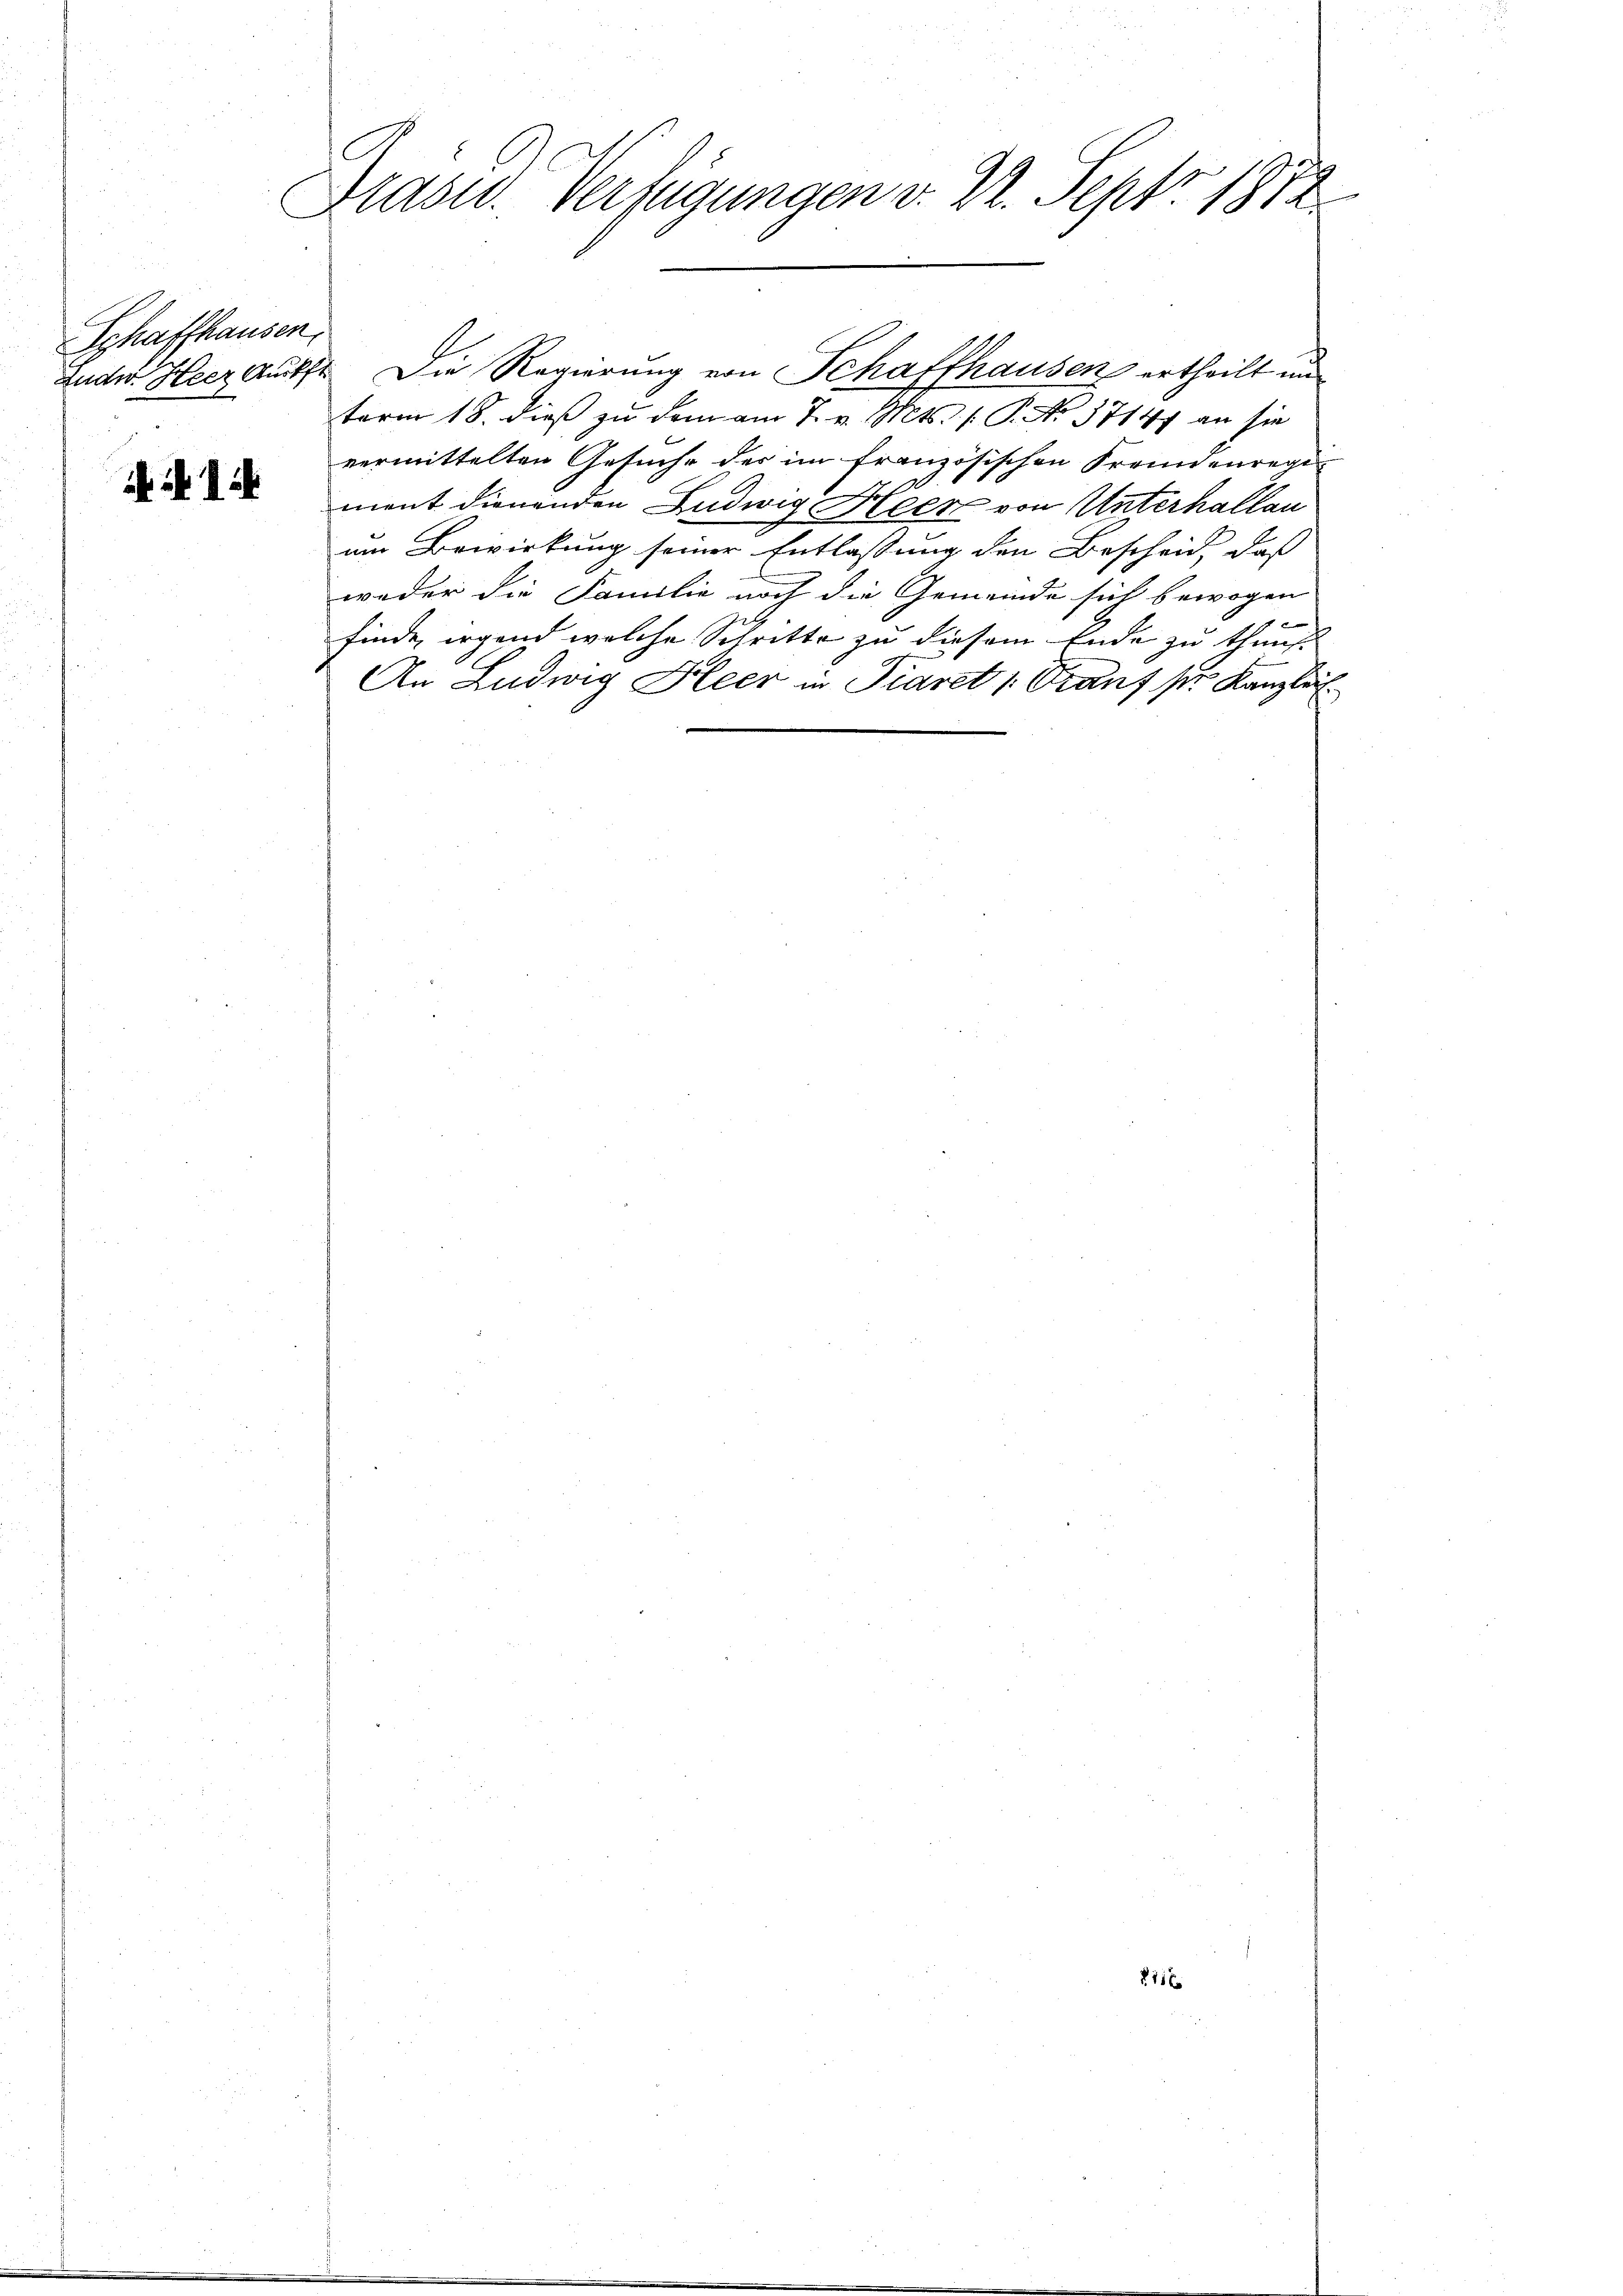
Schaffhausen,

Blasid. Verfügungen v. 2. Sept. 1872

Luder Heer Rückst Die Regierung von Schaffhausen ertheilt un
term 18. dieß zu dem am 7. v. Mts. 1. P. No. 37147 an sie
vermittelten Gesuche des im französischen Fremdenregi
10
ment dienenden Ludwig Heer von Unterhallen
um Bewirkung seiner Entlassung den Bescheid, daß
weder die Familie noch die Gemeinde sich bewogen

finde, irgend welche Schritte zu diesem Ende zu thunst
An Ludwig Heer in Piaret Grauf sie Kanzlich

§ 11 x